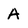
Character: A